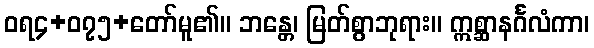
ဝရ၄+၀၇၅+တော်မူ၏။ ဘန္တေ၊ မြတ်စွာဘုရား။ ဣစ္ဆာနင်္ဂလံကာ၊